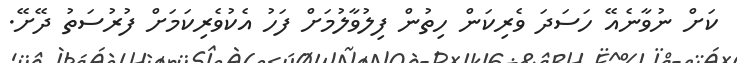
ކަށް ނުވާނެއޭ ހަސަދަ ވެރިކަން ހިތުން ފިލުވާލުމަށް ފަހު އެކުވެރިކަމަށް ފުރުސަތު ދޭށޭ.